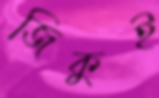
জিকুই